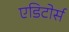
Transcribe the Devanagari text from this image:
एडिटोर्स